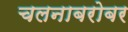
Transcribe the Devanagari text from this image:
चलनाबरोबर